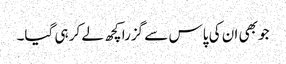
جو بھی ان کی پاس سے گزرا کچھ لے کر ہی گیا۔